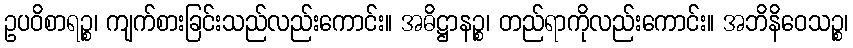
ဥပဝိစာရဉ္စ၊ ကျက်စားခြင်းသည်လည်းကောင်း။ အဓိဋ္ဌာနဉ္စ၊ တည်ရာကိုလည်းကောင်း။ အဘိနိဝေသဉ္စ၊